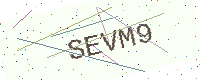
Text: SEVM9